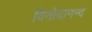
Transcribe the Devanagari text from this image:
विनोदानन्द